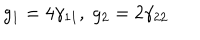
g _ { 1 } = 4 \gamma _ { 1 1 } , \; g _ { 2 } = 2 \gamma _ { 2 2 }